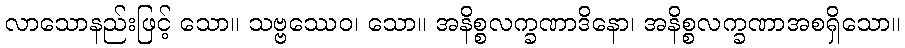
လာသောနည်းဖြင့် သော။ သဗ္ဗဿေဝ၊ သော။ အနိစ္စလက္ခဏာဒိနော၊ အနိစ္စလက္ခဏာအစရှိသော။